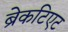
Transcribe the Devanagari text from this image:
ब्रेकटिएट